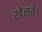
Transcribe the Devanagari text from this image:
खेलते।